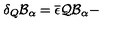
\delta _ { Q } \mathcal { B } _ { \alpha } = \overline { { \epsilon } } \mathcal { Q B } _ { \alpha } -